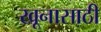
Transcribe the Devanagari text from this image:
खूनासाठी